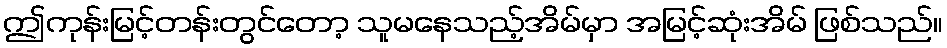
ဤကုန်းမြင့်တန်းတွင်တော့ သူမနေသည့်အိမ်မှာ အမြင့်ဆုံးအိမ် ဖြစ်သည်။